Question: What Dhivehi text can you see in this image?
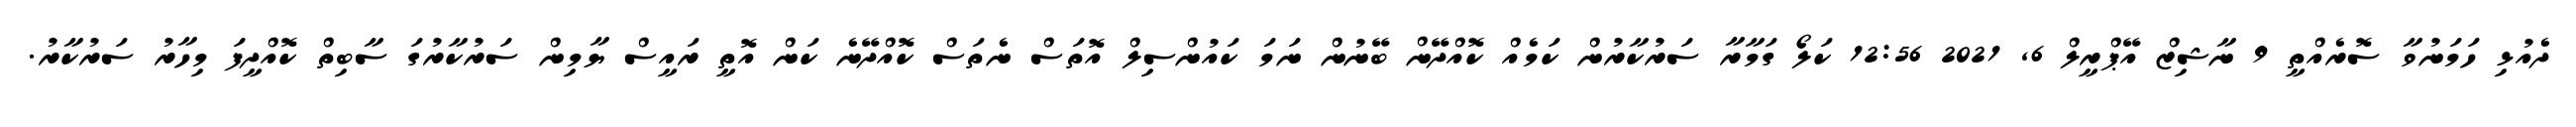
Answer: ދެއުޅި ހަމަނުވާ ސޮރެއްތީ 9 ނާޝިޒް އޭޕްރީލް 6, 2021 12:56 ކަލޯ ގަމާރާ ސަރުކާރުން ކަމެއް ކޮއްދޭން ބޭނުން ނަމަ ކައުންސިލް އޮތަސް ނެތަސް ކޮއްދޭނެ ކަން އޮތީ ރައީސް ޔާމިން ސަރުކާރުގަ ސާބިތް ކޮއްދީފަ މިހާރު ސަރުކާރު.